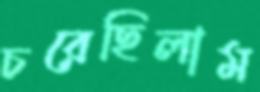
চরেছিলাম